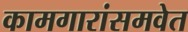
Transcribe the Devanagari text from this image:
कामगारांसमवेत